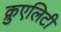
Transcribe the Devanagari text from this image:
क्रुएलिटी